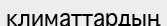
климаттардың